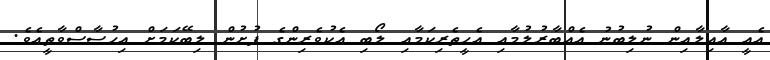
އެއީ ޢާއިލާއިން ނުލިބުނު އެއްބާރުލުމާއި އެހީތެރިކަމާއި ލޯބި އެކުވެރިންގެ ފުށުން ލިބޭކަމަށް އިޙުސާސްވާތީއެވެ.